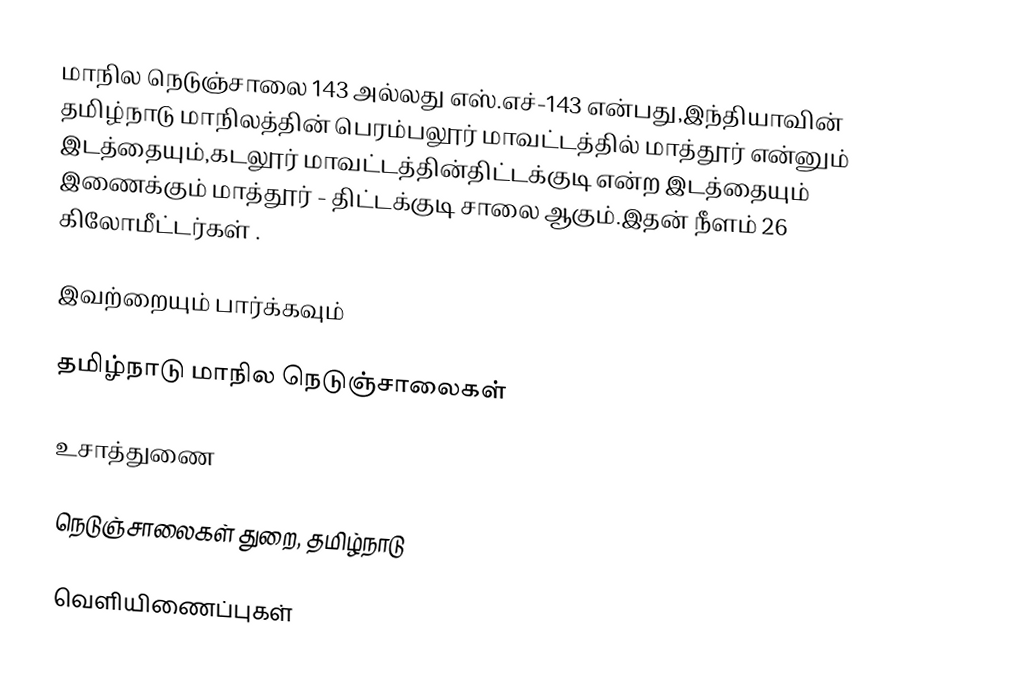
மாநில நெடுஞ்சாலை 143 அல்லது எஸ்.எச்-143  என்பது,இந்தியாவின் தமிழ்நாடு மாநிலத்தின்  பெரம்பலூர் மாவட்டத்தில்  மாத்தூர்  என்னும் இடத்தையும்,கடலூர் மாவட்டத்தின்திட்டக்குடி  என்ற இடத்தையும் இணைக்கும் மாத்தூர் - திட்டக்குடி சாலை ஆகும்.இதன் நீளம் 26  கிலோமீட்டர்கள் .

இவற்றையும் பார்க்கவும்

 தமிழ்நாடு மாநில நெடுஞ்சாலைகள்

உசாத்துணை

 நெடுஞ்சாலைகள் துறை, தமிழ்நாடு

வெளியிணைப்புகள்